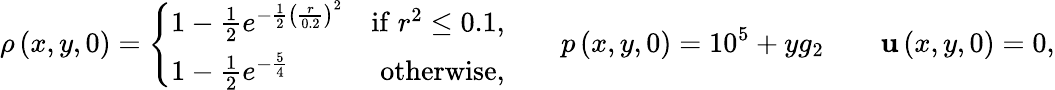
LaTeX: \rho\left(x,y,0\right)=\left\lbrace\begin{array}{lr}{1-\frac{1}{2}e^{-\frac{1}{2}\left(\frac{r}{0.2}\right)^{2}}}&{\mathrm{if}\; r^{2}\le 0.1,}\\ {1-\frac{1}{2}e^{-\frac{5}{4}}}&{\mathrm{otherwise},}\end{array}\right.\qquad p\left(x,y,0\right)=10^{5}+yg_{2}\qquad\mathbf{u}\left(x,y,0\right)=0,